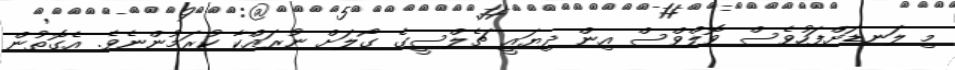
މި ލަނޑަށްފަހުވެސް ވޮލްވްސް އިން ދިޔައީ ޗެލްސީގެ ގޯލަށް ނުރައްކާ ކުރަމުންނެވެ. އެގޮތުން